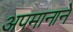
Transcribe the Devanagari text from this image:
अपमानाने